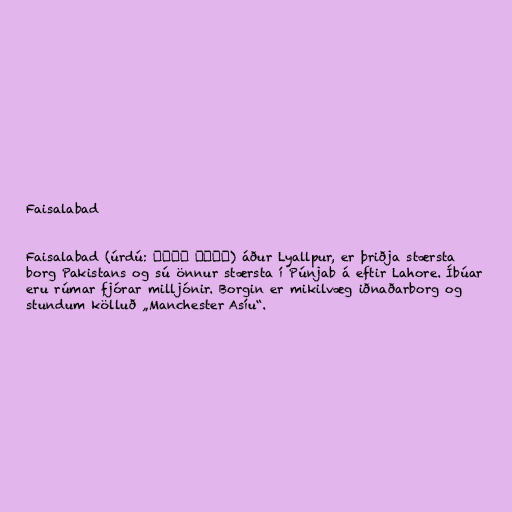
Faisalabad

Faisalabad (úrdú: فیصل آباد) áður Lyallpur, er þriðja stærsta
borg Pakistans og sú önnur stærsta í Púnjab á eftir Lahore. Íbúar
eru rúmar fjórar milljónir. Borgin er mikilvæg iðnaðarborg og
stundum kölluð „Manchester Asíu“.